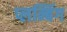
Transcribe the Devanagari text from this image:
प्लम्बिंग